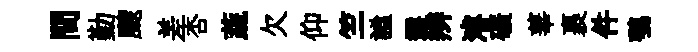
間勤颼差杏蔬欠仰竺謐選辫濬礦華裹件鶚